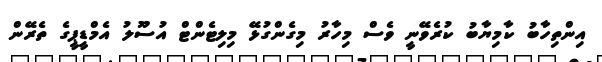
އިންތިހާބު ކާމިޔާބު ކުރެވޭނީ ވެސް މިހާރު މިގެންގުޅޭ މިލިޓެންޓް އުސޫލު އެމްޑީޕީގެ ތެރޭން